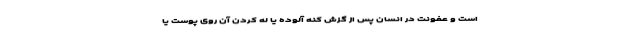
است و عفونت در انسان پس از گزش کنه آلوده یا له کردن آن روی پوست یا